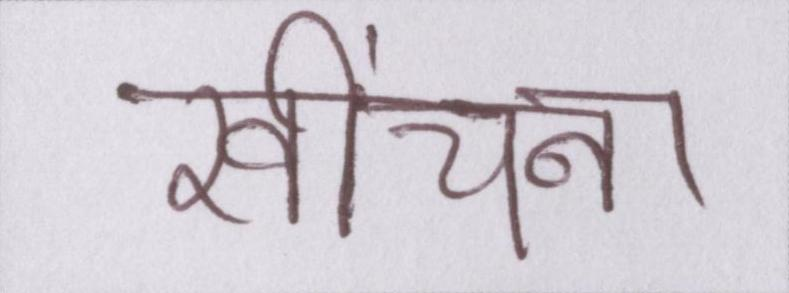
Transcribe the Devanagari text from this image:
खींचना